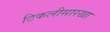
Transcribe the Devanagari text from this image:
टिकलीसारखा